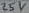
Text: 25V